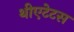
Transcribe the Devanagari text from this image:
थीएटेटस